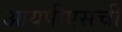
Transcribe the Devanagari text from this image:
आयपीएसची